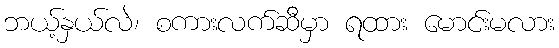
ဘယ့်နှယ်လဲ၊ စကားလက်ဆီမှာ ရထား မောင်းမလား